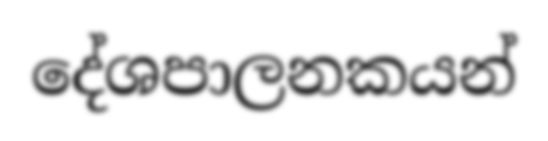
දේශපාලනකයන්